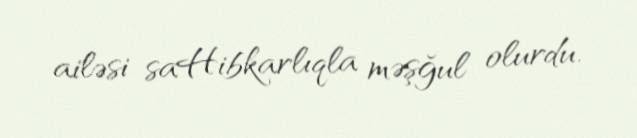
ailəsi saHibkarlıqla məşğul olurdu.